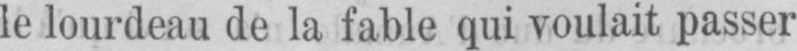
le lourdeau de la fable qui voulait passer